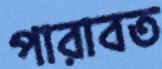
পারাবত